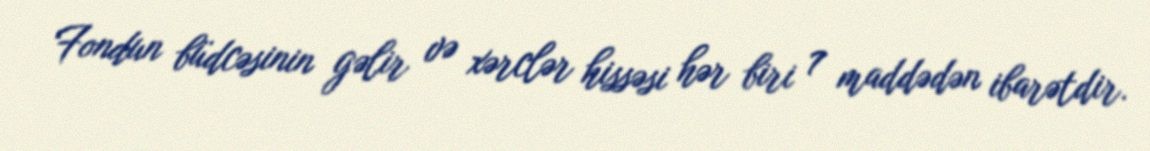
Fondun büdcəsinin gəlir və xərclər hissəsi hər biri 7 maddədən ibarətdir.